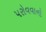
પરોવવાનો